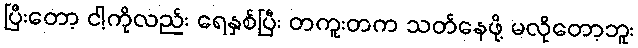
ပြီးတော့ ငါ့ကိုလည်း ရေနှစ်ပြီး တကူးတက သတ်နေဖို့ မလိုတော့ဘူး